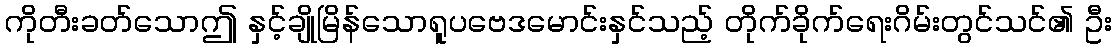
ကိုတီးခတ်သောဤ နှင့်ချိုမြိန်သောရူပဗေဒမောင်းနှင်သည့် တိုက်ခိုက်ရေးဂိမ်းတွင်သင်၏ ဦး